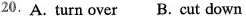
20.A.turn over B. cut down